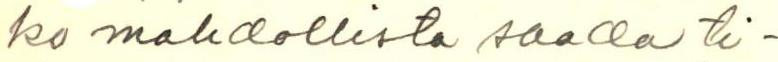
ko mahdollista saada ti-